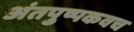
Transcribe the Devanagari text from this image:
अंतपुष्पकवच